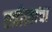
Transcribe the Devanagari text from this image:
स्त्रीत्वाचा